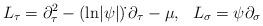
LaTeX: \begin{align*}L_\tau = \partial_\tau^2 -(\mbox{ln}|\psi|)\dot{}\,\partial_\tau - \mu, \,\,\,\,L_\sigma = \psi\partial_\sigma\end{align*}